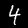
Digit: 4